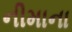
નીમાના